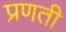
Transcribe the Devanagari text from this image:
प्रणती